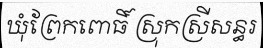
ឃុំព្រែកពោធិ៍ ស្រុកស្រីសន្ធរ